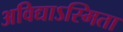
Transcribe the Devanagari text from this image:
अविद्याऽस्मिता